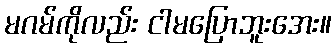
မဂမ်ကိုလည်း ငါမပြောဘူးအေး။